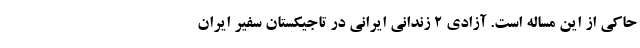
حاکی از این مساله است. آزادی 2 زندانی ایرانی در تاجیکستان سفیر ایران